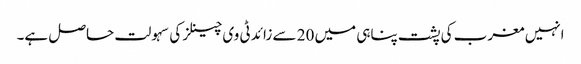
انہیں مغرب کی پشت پناہی میں 20 سے زائد ٹی وی چینلز کی سہولت حاصل ہے۔